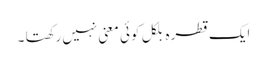
ایک قطرہ بلکل کوئی معنی نہیں رکھتا ۔